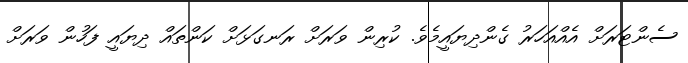
ސެންޓަރަށް އެއްއަހަރު ގެންދިޔައީމެވެ. ކުރިން ވަރަށް ރަނގަޅަށް ކަންތައް ދިޔައީ ފަހުން ވަރަށް